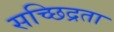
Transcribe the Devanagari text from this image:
सच्छिद्रता